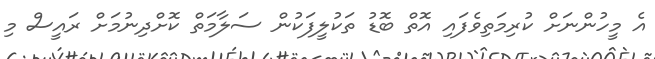
އެ މީހުންނަށް ކުރިމަތިވެފައި އޮތް ބޮޑު ތަކުލީފަކުން ސަލާމަތް ކޮށްދިނުމަށް ރައީސް މި